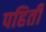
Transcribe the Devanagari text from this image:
पहिती